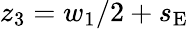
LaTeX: z_{3}=w_{1}/2+s_{\mathrm{E}}